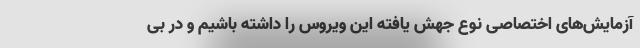
آزمایش‌های اختصاصی نوع جهش یافته این ویروس را داشته باشیم و در بی